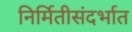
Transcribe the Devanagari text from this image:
निर्मितीसंदर्भात